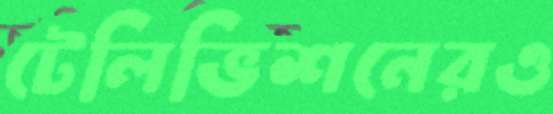
টেলিভিশনেরও